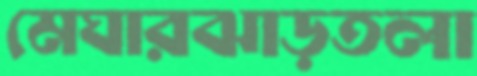
মেঘারঝাড়তলা